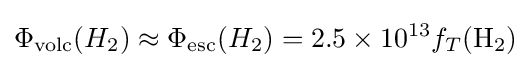
\Phi _{\text{volc}}(H_{2})\approx \Phi _{\text{esc}}(H_{2})=2.5\times 10^{13}f_{T}(\mathrm {H_{2}} )